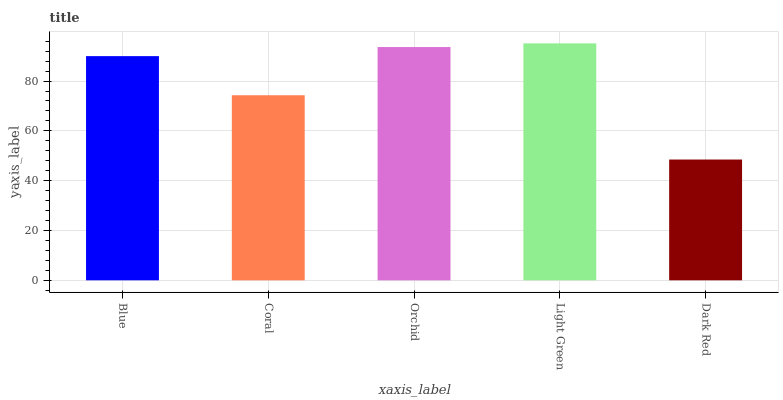
| xaxis_label | bars |
 | --- | --- |
 | Blue | 90 |
 | Coral | 74.3 |
 | Orchid | 93.7 |
 | Light Green | 95.1 |
 | Dark Red | 48.5 |